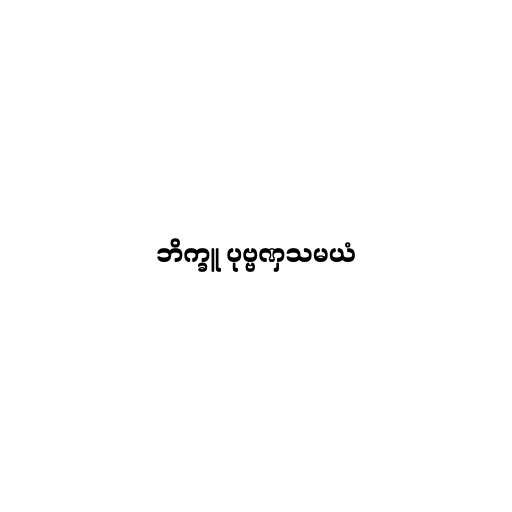
ဘိက္ခူ ပုဗ္ဗဏှသမယံ